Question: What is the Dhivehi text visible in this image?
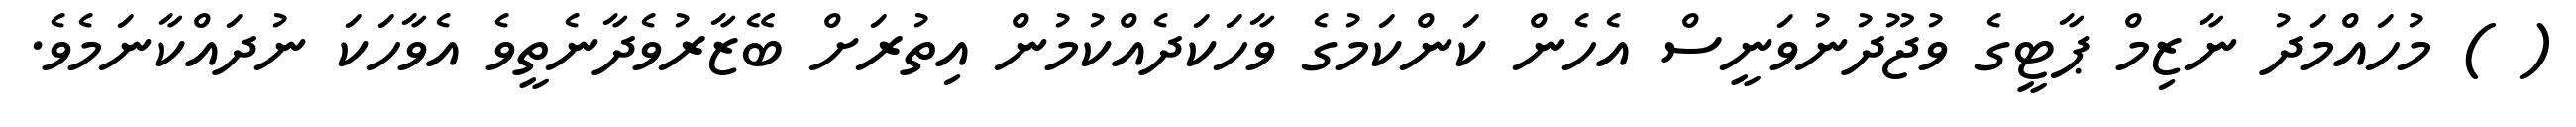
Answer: ( ) މުހައްމަދު ނާޒިމް ޕާޓީގެ ވުޖޫދުނުވަނީސް އެހެން ކަންކަމުގެ ވާހަކަދެއްކުމުން އިތުރަށް ބޭޒާރުވެދާނެތީވެ އެވާހަކަ ނުދައްކާނަމެވެ.